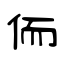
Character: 侕